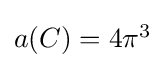
{\textstyle a(C)=4\pi ^{3}}